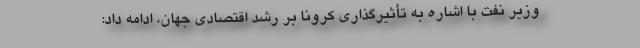
وزیر نفت با اشاره به تأثیرگذاری کرونا بر رشد اقتصادی جهان، ادامه داد: